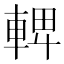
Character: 𨌦